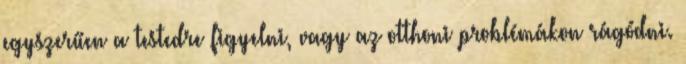
egyszerűen a testedre figyelni, vagy az otthoni problémákon rágódni.